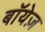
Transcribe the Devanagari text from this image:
बॉयेज़